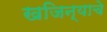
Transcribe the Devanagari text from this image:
खजिन्याचे